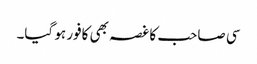
سی صاحب کا غصہ بھی کافور ہو گیا۔